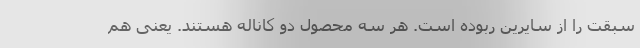
سبقت را از سایرین ربوده است. هر سه محصول دو کاناله هستند. یعنی هم